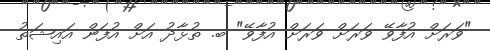
"ވަރަށް އުފާވޭ ވަރަށް ވަރަށް އުފާވޭ" ބ. ތުޅާދު އަށް އުފަން އައިޝަތު